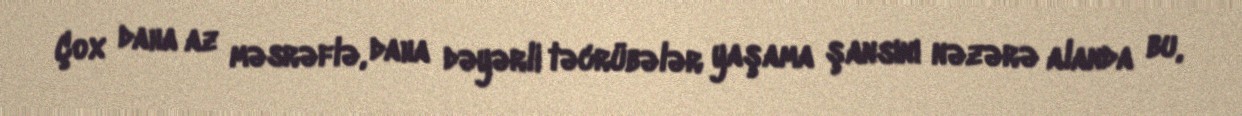
Çox daha az məsrəflə, daha dəyərli təcrübələr yaşama şansını nəzərə alanda bu,